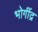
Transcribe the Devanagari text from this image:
भोगींद्र